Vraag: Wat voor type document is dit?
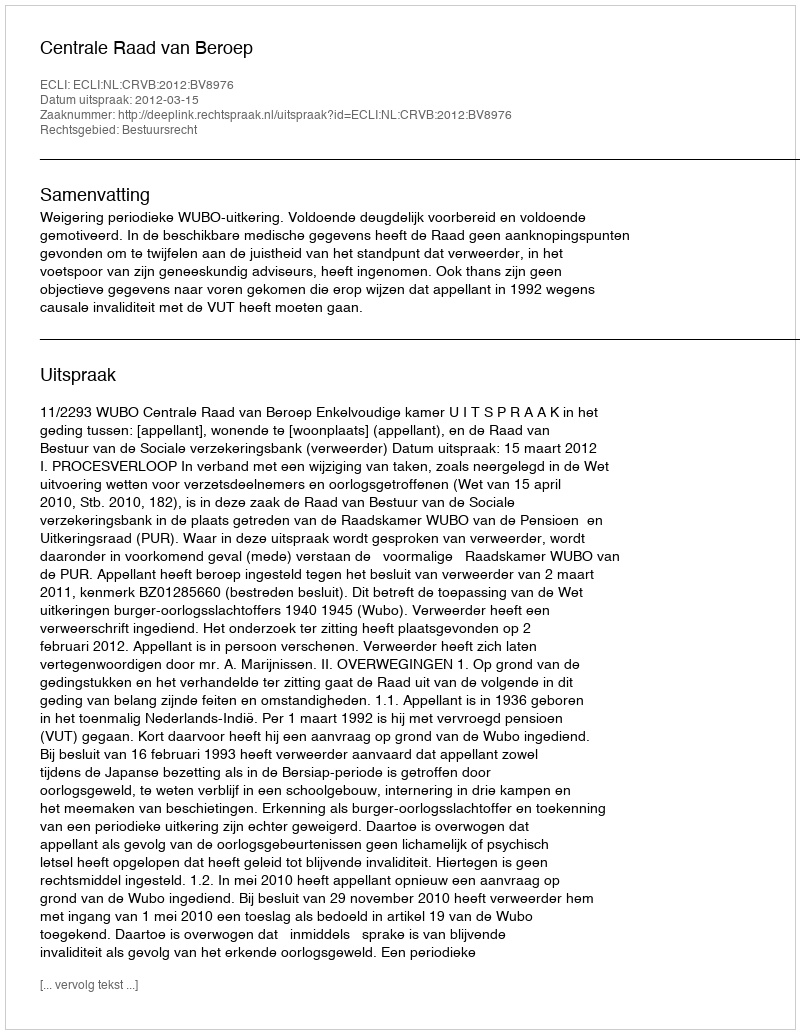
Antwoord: Uitspraak